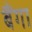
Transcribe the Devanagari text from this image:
बैंगा